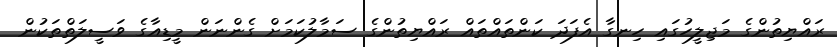
ރައްޔިތުންގެ މަޖިލީހުގައި ހިނގާ އެފަދަ ކަންތައްތައް ރައްޔިތުންގެ ސަމާލުކަމަށް ގެންނަން މީޑިއާގެ ވަސީލަތްތަކުން